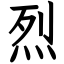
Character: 烈